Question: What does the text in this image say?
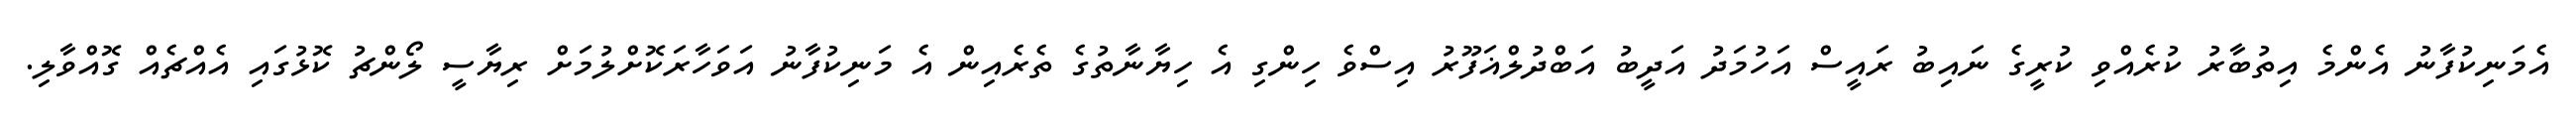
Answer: އެމަނިކުފާނު އެންމެ އިތުބާރު ކުރެއްވި ކުރީގެ ނައިބު ރައީސް އަހުމަދު އަދީބު އަބްދުލްޣަފޫރު އިސްވެ ހިންގި އެ ހިޔާނާތުގެ ތެރެއިން އެ މަނިކުފާނު އަވަހާރަކޮށްލުމަށް ރިޔާސީ ލޯންޗު ކޮޅުގައި އެއްޗެއް ގޮއްވާލި.